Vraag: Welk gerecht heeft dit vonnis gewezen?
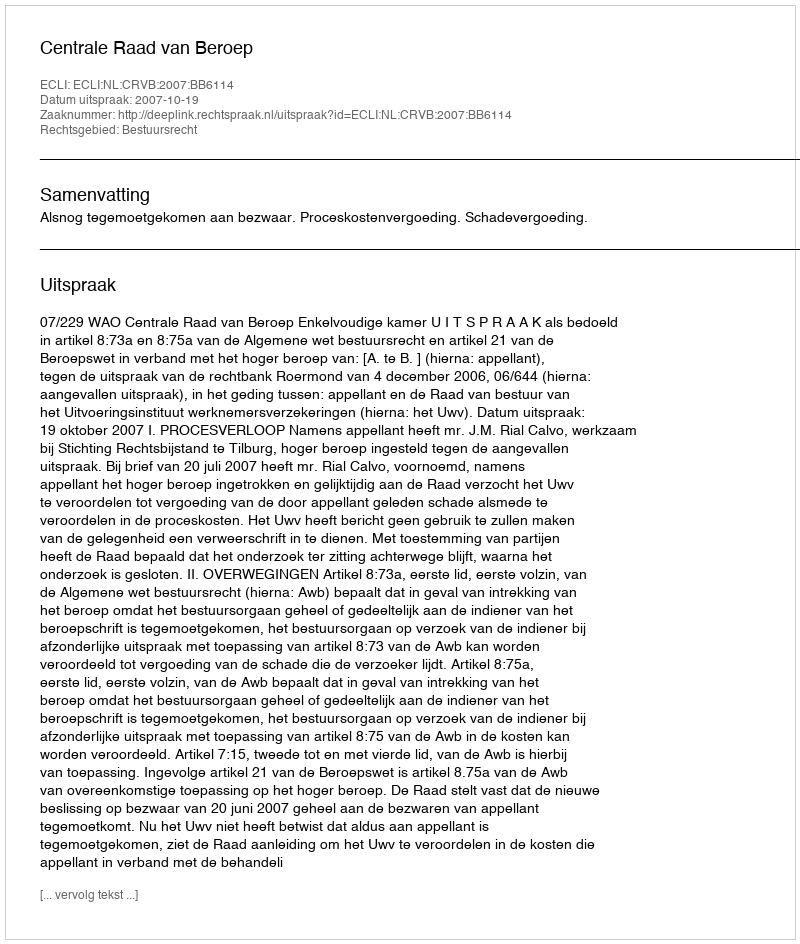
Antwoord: Centrale Raad van Beroep